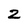
Character: 2